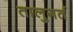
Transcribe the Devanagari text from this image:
तालुगर्त